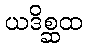
ယဒိစ္ဆထ